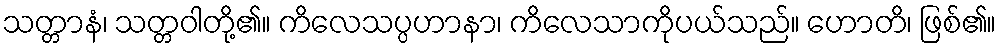
သတ္တာနံ၊ သတ္တဝါတို့၏။ ကိလေသပ္ပဟာနာ၊ ကိလေသာကိုပယ်သည်။ ဟောတိ၊ ဖြစ်၏။